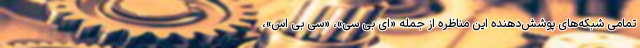
تمامی شبکه‌های پوشش‌دهنده این مناظره از جمله «ای بی سی»، «سی بی اس»،